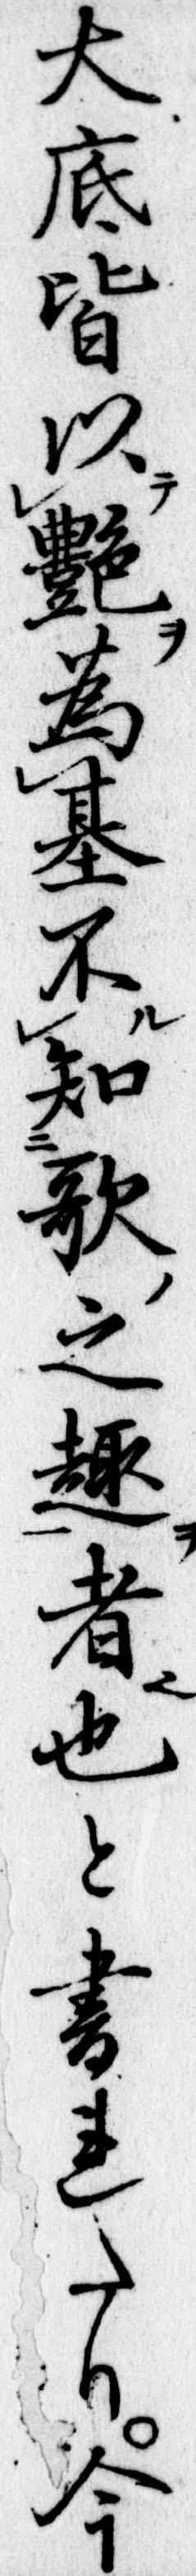
大底皆以艶為基不知歌之趣者也と書れたり今